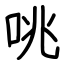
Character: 咷